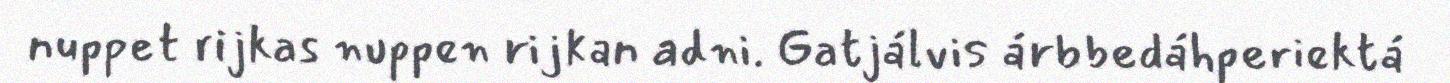
nuppet rijkas nuppen rijkan adni. Gatjálvis árbbedáhperiektá